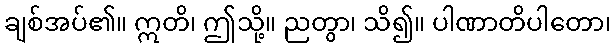
ချစ်အပ်၏။ ဣတိ၊ ဤသို့။ ညတွာ၊ သိ၍။ ပါဏာတိပါတော၊